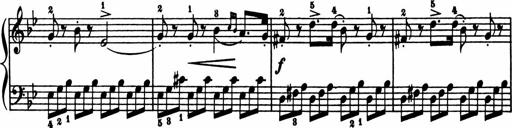
Title: 11 Sonatinas for Piano Solo
Composer: Anton Diabelli